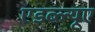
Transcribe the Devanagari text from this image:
एडब्ल्यूए